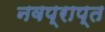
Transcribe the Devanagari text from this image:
नवप्राप्त